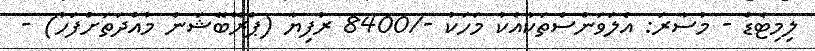
ލިމިޓެޑް - މުސާރަ: އެލަވަންސްތަކާއެކު މަހަކު -/8400 ރުފިޔާ (ޕްރޮބޭޝަން މުއްދަތަށްފަހު) -